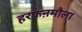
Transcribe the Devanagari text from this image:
हरफऩमौला